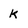
Character: k